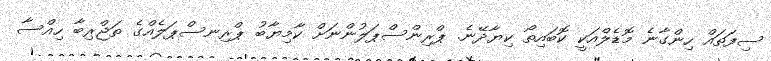
ސިފަތައް ހިންގާނެ މޮޑެލްއަކީ ކޮބައިތޯ ކިޔާދޭނެ. ޕްރިންސްޕަލުންނަށް ކާމިޔާބު ޕްރިނސްޕަލެއްގެ ތަޖްރިބާ ހިއްސާ